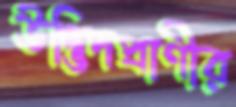
উদ্ভিদপ্রাণীর